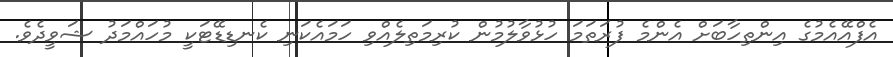
އެފްއޭއެމުގެ އިންތިހާބަށް އެންމެ ފުރަތަމަ ހުޅުވާލުމުން ކުރިމަތިލެއްވި ހަމައެކަނި ކެނޑިޑޭޓަކީ މުހައްމަދު ޝަވީދެވެ.